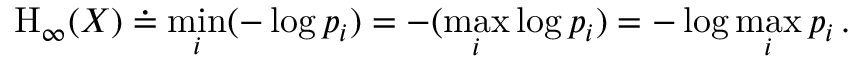
\mathrm { H } _ { \infty } ( X ) \doteq \operatorname* { m i n } _ { i } ( - \log p _ { i } ) = - ( \operatorname* { m a x } _ { i } \log p _ { i } ) = - \log \operatorname* { m a x } _ { i } p _ { i } \, .